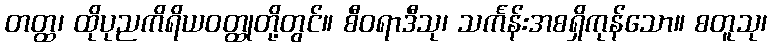
တတ္ထ၊ ထိုပုညကိရိယဝတ္ထုတို့တွင်။ စီဝရာဒီသု၊ သင်္ကန်းအစရှိကုန်သော။ စတူသု၊